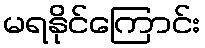
မရနိုင်ကြောင်း